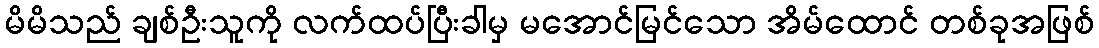
မိမိသည် ချစ်ဦးသူကို လက်ထပ်ပြီးခါမှ မအောင်မြင်သော အိမ်ထောင် တစ်ခုအဖြစ်